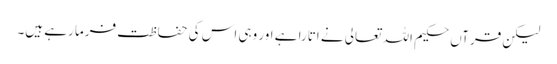
لیکن قرآں حکیم اللہ تعالی نے اتارا ہے اور وہی اس کی حفاظت فرما رہے ہیں۔